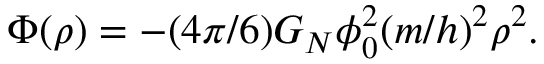
\Phi ( \rho ) = - ( 4 \pi / 6 ) G _ { N } \phi _ { 0 } ^ { 2 } ( m / h ) ^ { 2 } \rho ^ { 2 } .